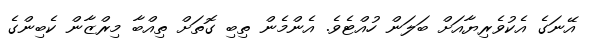
އޭނަގެ އެކުވެރިޔާއަށް ބަލަން ހުއްޓެވެ. އެންމެން ތިބި ގޮތަށް ތިއްބާ މިރްޒާން ކެބިންގެ